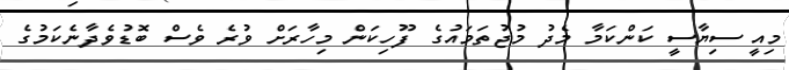
މިއީ ސިޔާސީ ކަންކަމާ މެދު މުޖުތަމައުގެ ފޫހިކަން މިހާރަށް ވުރެ ވެސް ބޮޑުވެދާނެކަމުގެ